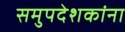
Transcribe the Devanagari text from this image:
समुपदेशकांना